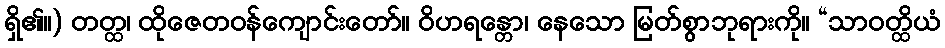
ရှိ၏။) တတ္ထ၊ ထိုဇေတဝန်ကျောင်းတော်။ ဝိဟရန္တော၊ နေသော မြတ်စွာဘုရားကို။ “သာဝတ္ထိယံ